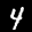
Label: 4